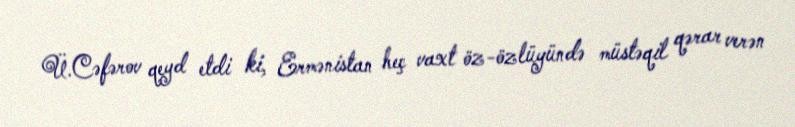
Ü.Cəfərov qeyd etdi ki, Ermənistan heç vaxt öz-özlüyündə müstəqil qərar verən